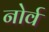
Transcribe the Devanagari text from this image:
नोर्व